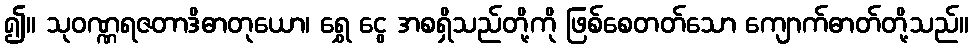
၍။ သုဝဏ္ဏရဇတာဒိဓာတုယော၊ ရွှေ ငွေ အစရှိသည်တို့ကို ဖြစ်စေတတ်သော ကျောက်ဓာတ်တို့သည်။